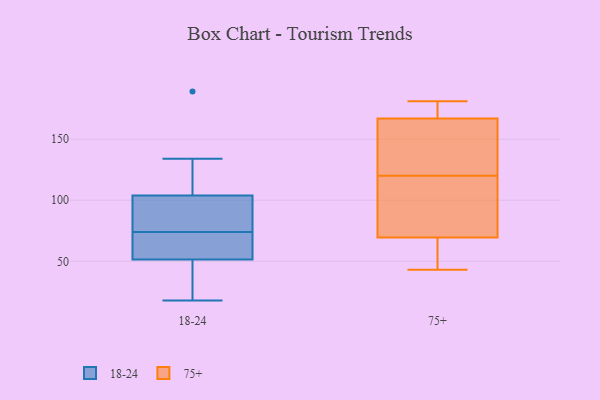
{"axis": {"x": "Bounce Rate (%)", "y": "Value"}, "legend": ["18-24", "75+"], "data": [{"x": "", "y": 99, "type": "18-24"}, {"x": "", "y": 79, "type": "18-24"}, {"x": "", "y": 19, "type": "18-24"}, {"x": "", "y": 57, "type": "18-24"}, {"x": "", "y": 69, "type": "18-24"}, {"x": "", "y": 97, "type": "18-24"}, {"x": "", "y": 109, "type": "18-24"}, {"x": "", "y": 134, "type": "18-24"}, {"x": "", "y": 50, "type": "18-24"}, {"x": "", "y": 53, "type": "18-24"}, {"x": "", "y": 18, "type": "18-24"}, {"x": "", "y": 189, "type": "18-24"}, {"x": "", "y": 149, "type": "75+"}, {"x": "", "y": 159, "type": "75+"}, {"x": "", "y": 181, "type": "75+"}, {"x": "", "y": 87, "type": "75+"}, {"x": "", "y": 111, "type": "75+"}, {"x": "", "y": 52, "type": "75+"}, {"x": "", "y": 175, "type": "75+"}, {"x": "", "y": 129, "type": "75+"}, {"x": "", "y": 106, "type": "75+"}, {"x": "", "y": 43, "type": "75+"}, {"x": "", "y": 178, "type": "75+"}, {"x": "", "y": 49, "type": "75+"}]}